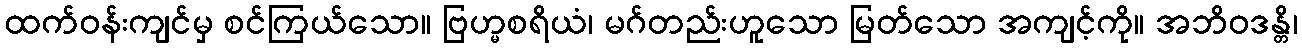
ထက်ဝန်းကျင်မှ စင်ကြယ်သော။ ဗြဟ္မစရိယံ၊ မဂ်တည်းဟူသော မြတ်သော အကျင့်ကို။ အဘိဝဒန္တိ၊